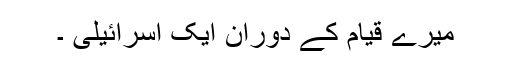
میرے قیام کے دوران ایک اسرائیلی ۔